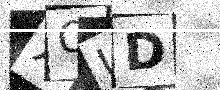
Text: XQUD